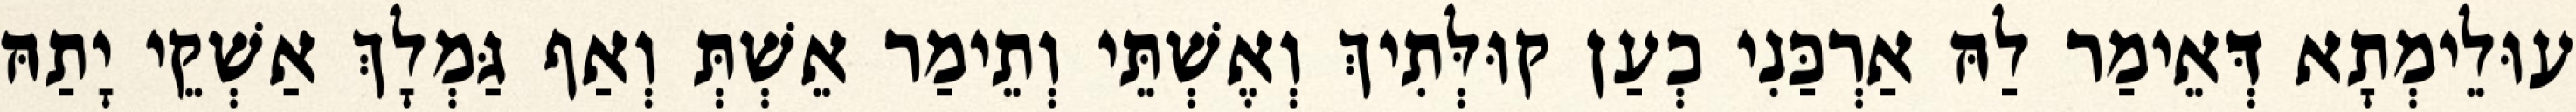
עוּלֵימְתָא דְּאֵימַר לַהּ אַרְכַּנִי כְעַן קוּלְּתִיךְ וְאֶשְׁתֵּי וְתֵימַר אֵשְׁתְּ וְאַף גַּמְלָךְ אַשְׁקֵי יָתַהּ